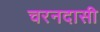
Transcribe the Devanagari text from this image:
चरनदासी